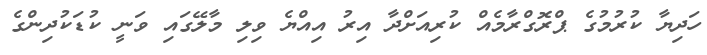
ހަދިޔާ ކުރުމުގެ ޕްރޮގްރާމެއް ކުރިއަށްދާ އިރު އިއްޔެ ވިލި މާލޭގައި ވަނީ ކުޑަކުދިންގެ